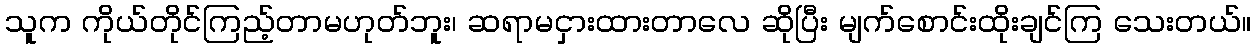
သူက ကိုယ်တိုင်ကြည့်တာမဟုတ်ဘူး၊ ဆရာမငှားထားတာလေ ဆိုပြီး မျက်စောင်းထိုးချင်ကြ သေးတယ်။